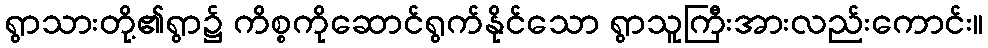
ရွာသားတို့၏ရွာ၌ ကိစ္စကိုဆောင်ရွက်နိုင်သော ရွာသူကြီးအားလည်းကောင်း။